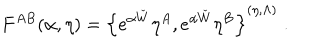
LaTeX: F ^ { A B } ( \alpha , \eta ) = \left\{ e ^ { \alpha \check { W } } \eta ^ { A } , e ^ { \alpha \check { W } } \eta ^ { B } \right\} ^ { ( \eta , \Lambda ) } \; .